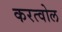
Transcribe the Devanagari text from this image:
करत्वोल